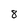
Character: 8